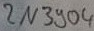
Text: 2N3904